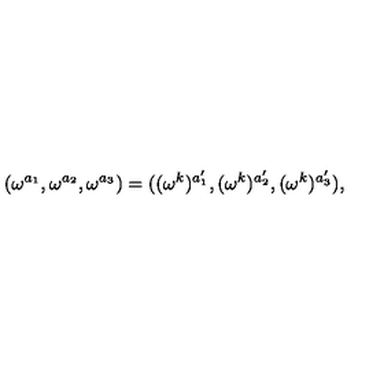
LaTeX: ( \omega ^ { a _ { 1 } } , \omega ^ { a _ { 2 } } , \omega ^ { a _ { 3 } } ) = ( ( \omega ^ { k } ) ^ { a _ { 1 } ^ { \prime } } , ( \omega ^ { k } ) ^ { a _ { 2 } ^ { \prime } } , ( \omega ^ { k } ) ^ { a _ { 3 } ^ { \prime } } ) ,